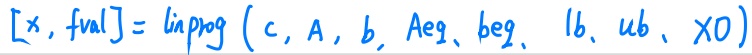
$[x,fval] = \text{linprog}(c,A,b,Aeq,beq,lb,ub,X_0)$